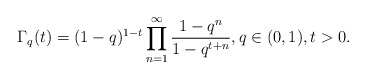
\begin{align*}\Gamma_q(t)=(1-q)^{1-t}\prod_{n=1}^{\infty}\frac{1-q^n}{1-q^{t+n}} , q\in (0,1),t>0.\end{align*}